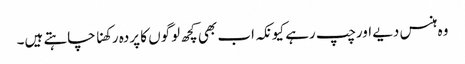
وہ ہنس دیے اورچپ رہے کیونکہ اب بھی کچھ لوگوں کا پردہ رکھنا چاہتے ہیں۔